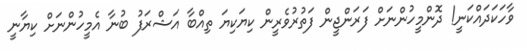
ވާހަކަދައްކަނީ! ދޮންމީހުންނަށް ފަރަންޖީން ފަތުރުވެރީން ކިޔަކިޔަ ތިއްބާ އަޝްރަފު ބުނާ އެމީހުންނަށް ކިޔާނީ